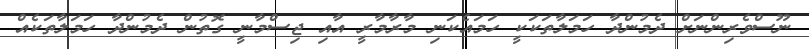
ނޫސްވެރިންނަށް ދެމުންދާ ހަމަލާތަކަކީ ހަމައެކަނި މާރާމާރީ އާއި ޖިސްމާނީ ގޮތުން ދެމުންދާ ހަމަލާތަކެއް